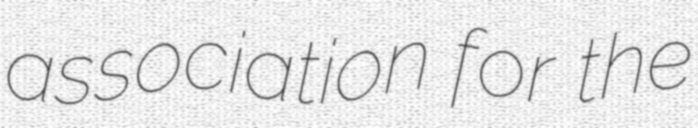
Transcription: association for the